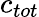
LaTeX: c_{tot}